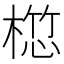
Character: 𣖯